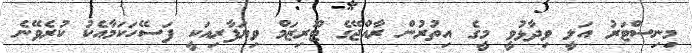
މިނިސްޓަރު އަލީ ވިދާޅުވީ މީގެ އިތުރުން ރާއްޖޭގެ ޓޫރިޒަމް ވިޔަފާރިއަކީ ފަސޭހަކަމާއެކު ކުރެވޭނެ